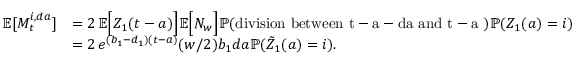
\begin{array} { r l } { \mathbb { E } [ M _ { t } ^ { i , d a } ] } & { = 2 \, \mathbb { E } \Big [ Z _ { 1 } ( t - a ) \Big ] \mathbb { E } \Big [ N _ { w } \Big ] \mathbb { P } ( \mathrm { d i v i s i o n ~ b e t w e e n ~ t - a - d a ~ a n d ~ t - a ~ } ) \mathbb { P } ( Z _ { 1 } ( a ) = i ) } \\ & { = 2 \, e ^ { ( b _ { 1 } - d _ { 1 } ) ( t - a ) } ( w / 2 ) b _ { 1 } d a \mathbb { P } ( \tilde { Z } _ { 1 } ( a ) = i ) . } \end{array}